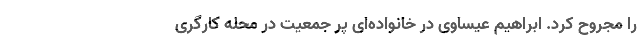
را مجروح کرد. ابراهیم عیساوی در خانواده‌ای پر جمعیت در محله کارگری